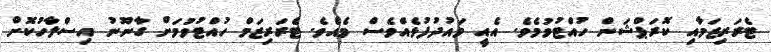
ޓެރަރިޒަމާއި ކޮރަޕްޝަން ހުއްޓުވުމެވެ. އެއީ ވައުދުފުޅެއްވެސް މެއެވެ. ޓެރަރިޒަމް ހުއްޓުވުމަށް ގާނޫނު އިސްލާހުކޮށް